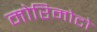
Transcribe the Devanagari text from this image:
मोरिमोटो